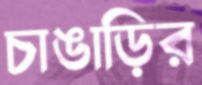
চাঙাড়ির